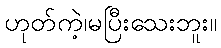
ဟုတ်ကဲ့၊မပြီးသေးဘူး။